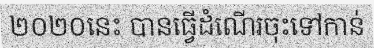
២០២០នេះ បានធ្វើដំណើរចុះទៅកាន់